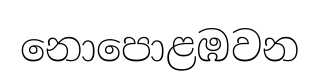
නොපොළඹවන